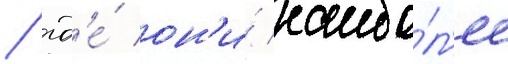
/ гд'е́ он'и́ наибо́л'ее